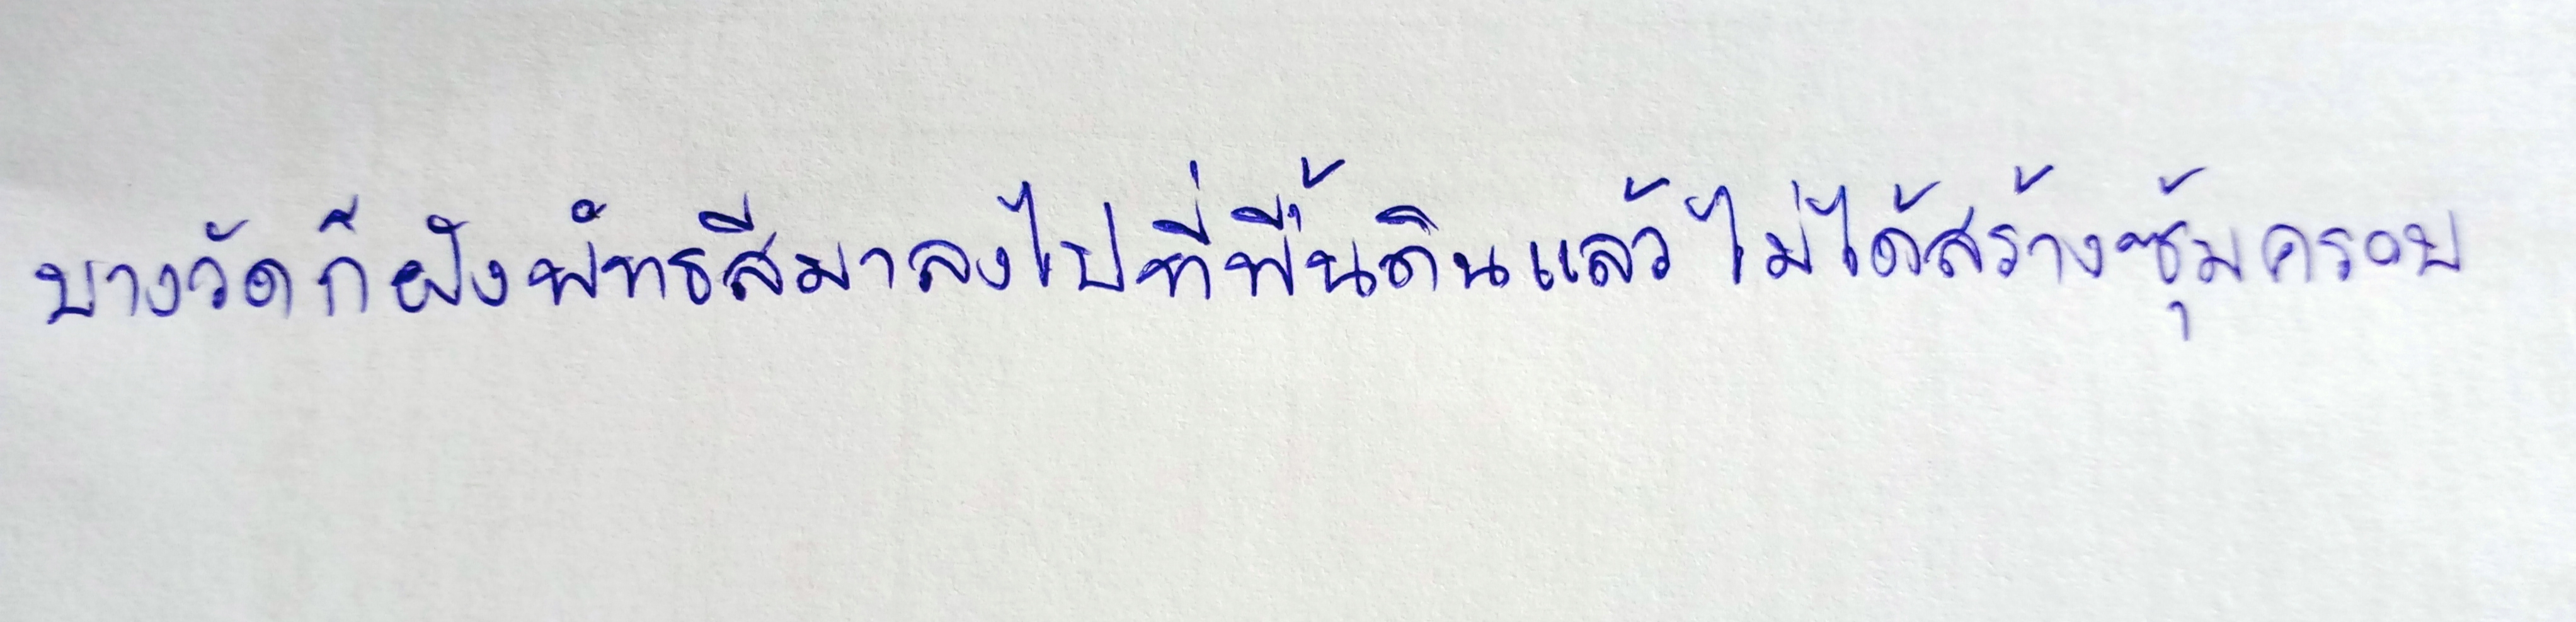
บางวัดก็ฝังพัทธสีมาลงไปที่พื้นดินแล้วไม่ได้สร้างซุ้มครอบ